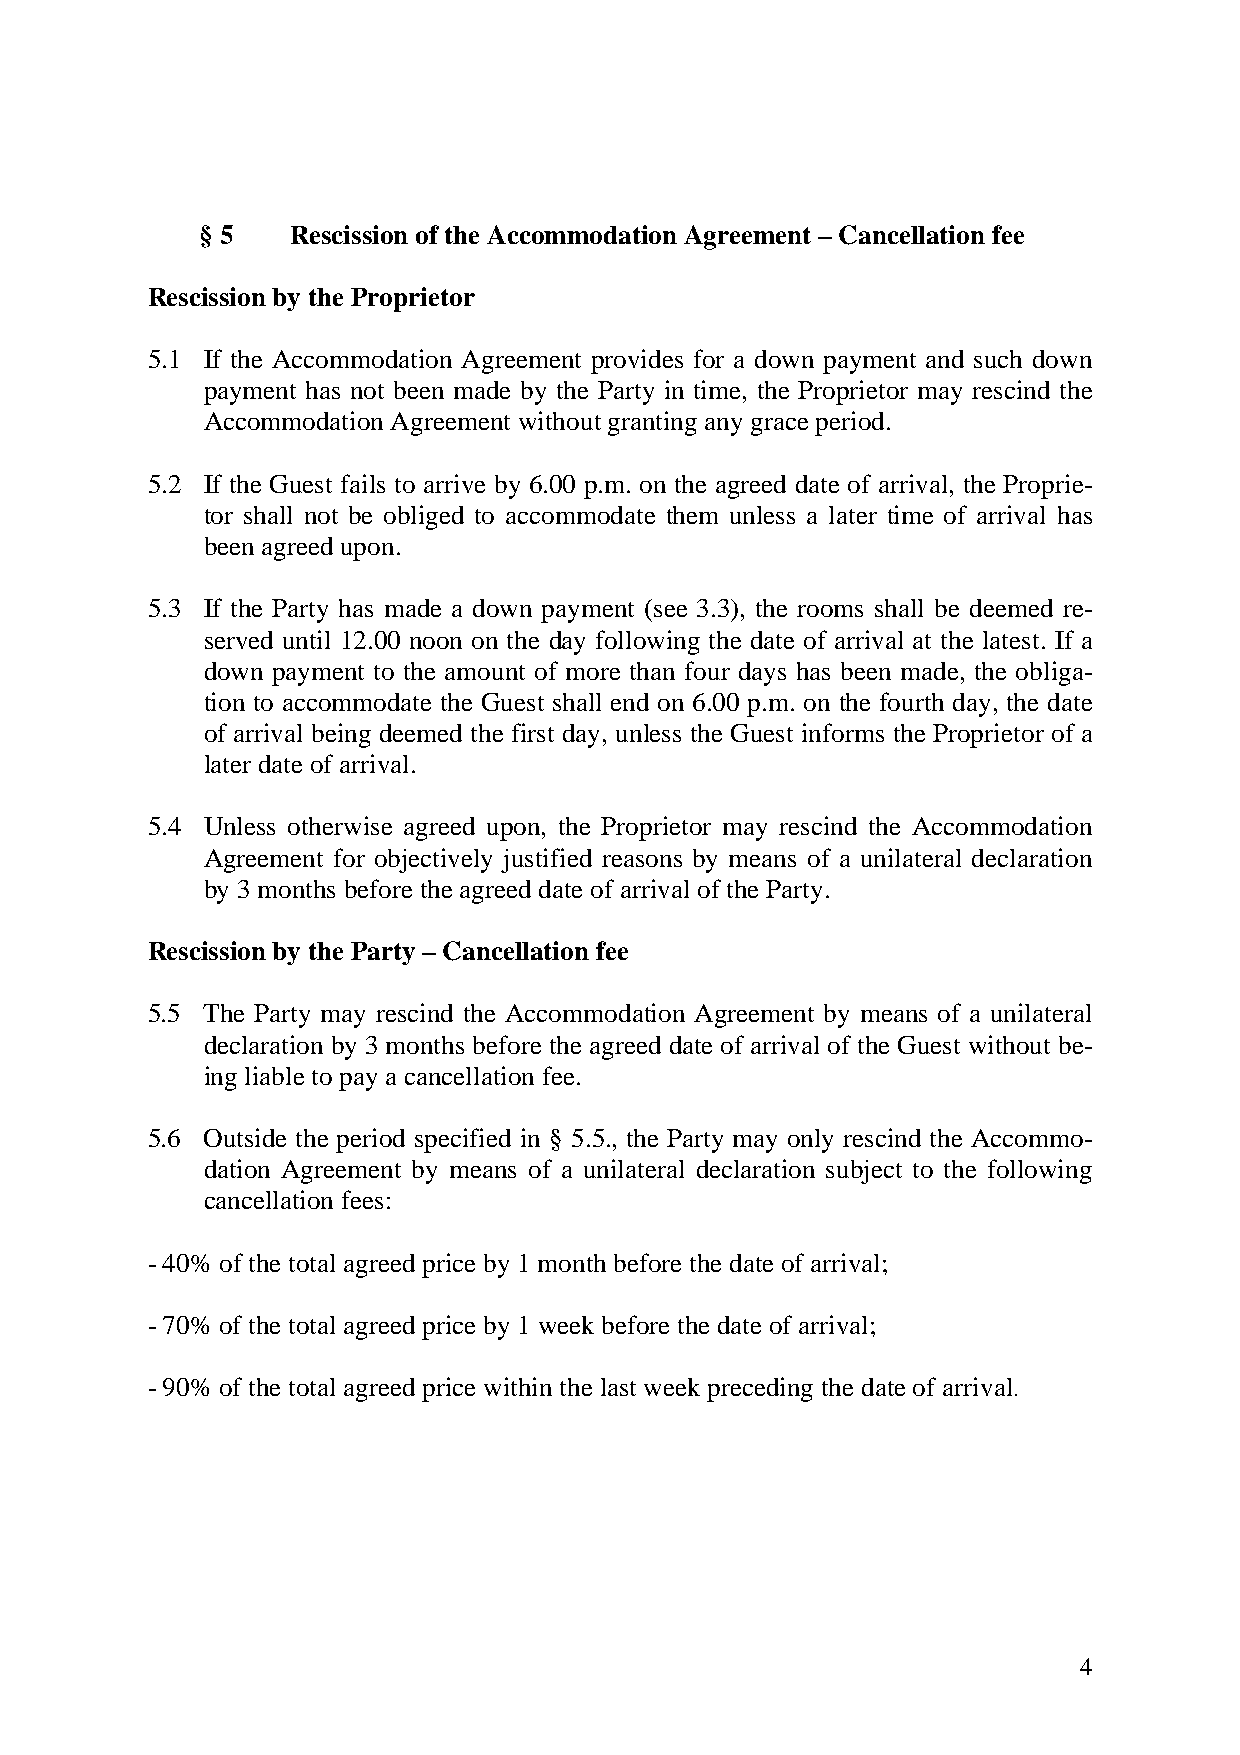
§ 5   Rescission of the Accommodation Agreement – Cancellation fee
 Rescission by the Proprietor
 5.1 If the Accommodation Agreement provides for a down payment and such down
 payment has not been made by the Party in time, the Proprietor may rescind the
 Accommodation Agreement without granting any grace period.
 5.2 If the Guest fails to arrive by 6.00 p.m. on the agreed date of arrival, the Proprie-
 tor shall not be obliged to accommodate them unless a later time of arrival has
 been agreed upon.
 5.3 If the Party has made a down payment (see 3.3), the rooms shall be deemed re-
 served until 12.00 noon on the day following the date of arrival at the latest. If a
 down payment to the amount of more than four days has been made, the obliga-
 tion to accommodate the Guest shall end on 6.00 p.m. on the fourth day, the date
 of arrival being deemed the first day, unless the Guest informs the Proprietor of a
 later date of arrival.
 5.4 Unless otherwise agreed upon, the Proprietor may rescind the Accommodation
 Agreement for objectively justified reasons by means of a unilateral declaration
 by 3 months before the agreed date of arrival of the Party.
 Rescission by the Party – Cancellation fee
 5.5 The Party may rescind the Accommodation Agreement by means of a unilateral
 declaration by 3 months before the agreed date of arrival of the Guest without be-
 ing liable to pay a cancellation fee.
 5.6 Outside the period specified in § 5.5., the Party may only rescind the Accommo-
 dation Agreement by means of a unilateral declaration subject to the following
 cancellation fees:
 - 40% of the total agreed price by 1 month before the date of arrival;
 - 70% of the total agreed price by 1 week before the date of arrival;
 - 90% of the total agreed price within the last week preceding the date of arrival.
 4